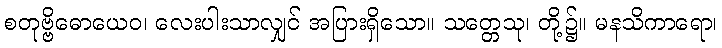
စတုဗ္ဗိဓောယေဝ၊ လေးပါးသာလျှင် အပြားရှိသော။ သတ္တေသု၊ တို့၌။ မနသိကာရော၊